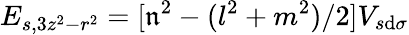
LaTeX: E_{s,3z^{2}-r^{2}}=[\mathfrak{n}^{2}-(l^{2}+m^{2})/2]V_{s\mathrm{d}\sigma}